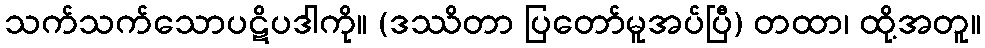
သက်သက်သောပဋိပဒါကို။ (ဒဿိတာ ပြတော်မူအပ်ပြီ) တထာ၊ ထို့အတူ။